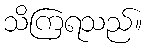
သိကြရသည်။